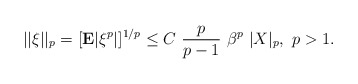
\begin{align*} ||\xi||_p = [{\bf E} | \xi^p|]^{1/p} \le C \ \frac{p}{p - 1} \ \beta^p \ |X|_p, \ p > 1.\end{align*}